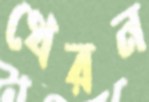
থেরন